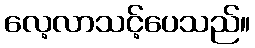
လေ့လာသင့်ပေသည်။